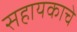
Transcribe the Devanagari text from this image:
सहायकाचे